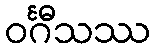
ဝင်္ဂီသဿ